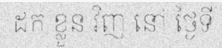
ដក ខ្លួន វិញ នៅ ថ្ងៃទី